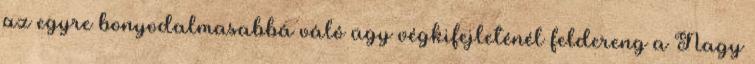
az egyre bonyodalmasabbá váló ügy végkifejleténél feldereng a Nagy